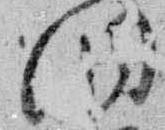
洞